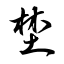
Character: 埜